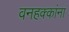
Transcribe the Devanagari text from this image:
वनहक्कांना